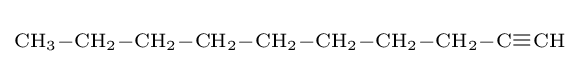
\scriptstyle {\ce {CH3-CH2-CH2-CH2-CH2-CH2-CH2-CH2-C#CH}}